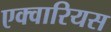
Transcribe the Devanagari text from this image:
एक्वारियस